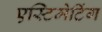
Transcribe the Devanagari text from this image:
एस्टिमेटिंग